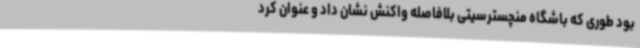
بود طوری که باشگاه منچسترسیتی بلافاصله واکنش نشان داد و عنوان کرد